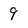
Character: 9